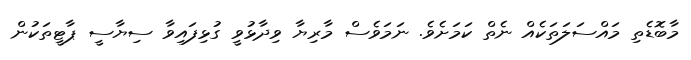
މާބޮޑެތި މައްސަލަތަކެއް ނެތް ކަމަށެވެ. ނަމަވެސް މާރިޔާ ވިދާޅުވީ ގުޅިފައިވާ ސިޔާސީ ޕާޓީތަކުން